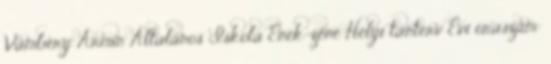
Vámbéry Ármin Általános Iskola Ének-zene Helyi tanterv Évi óraszám: